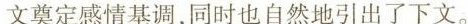
文奠定感情基调，同时也自然地引出了下文。